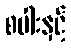
စပါးနှင့်